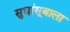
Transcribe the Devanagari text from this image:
सुधांसूबाला